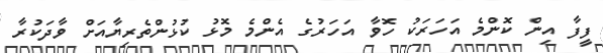
ފީފާ އިން ކޮންމެ އަހަރަކު ހޮވާ އަހަރުގެ އެންމެ މޮޅު ކުޅުންތެރިޔާއަށް ވާދަކުރާ